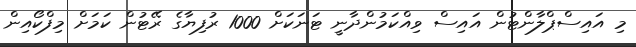
މި އައިސްޕްލާންޓުން އައިސް ވިއްކަމުންދާނީ ޓަނަކަށް 1000 ރުފިޔާގެ ރޭޓުން ކަމަށް މިފްކޯއިން